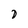
Character: D